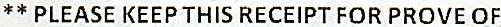
** PLEASE KEEP THIS RECEIPT FOR PROVE OF